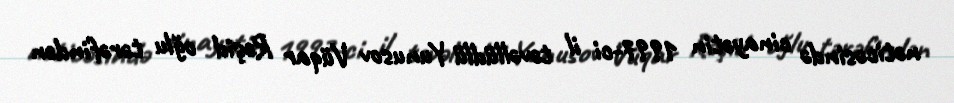
nəticəsində cinayətin 1997-ci il təvəllüdlü Yunusov Vüqar Rəşid oğlu tərəfindən